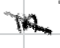
Text: in
Cross-out: mix
Writing tool: digital_black